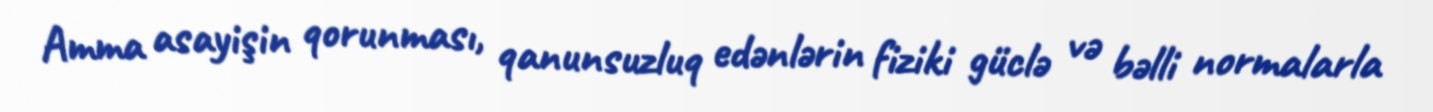
Amma asayişin qorunması, qanunsuzluq edənlərin fiziki güclə və bəlli normalarla